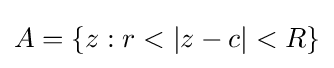
A=\{z:r<|z-c|<R\}